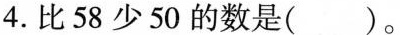
4.比58少50的数是 ( )。